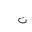
Letter: _ta